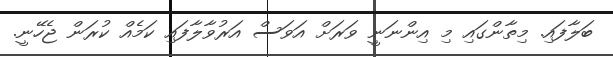
ބަލާފައި. މިތާންގައި މި އިންނަނީ ވަރަށް އަވަސް އަރުވާލާފައި ކަމެއް ކުރަން ޖެހޭނީ.